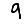
Digit: 9